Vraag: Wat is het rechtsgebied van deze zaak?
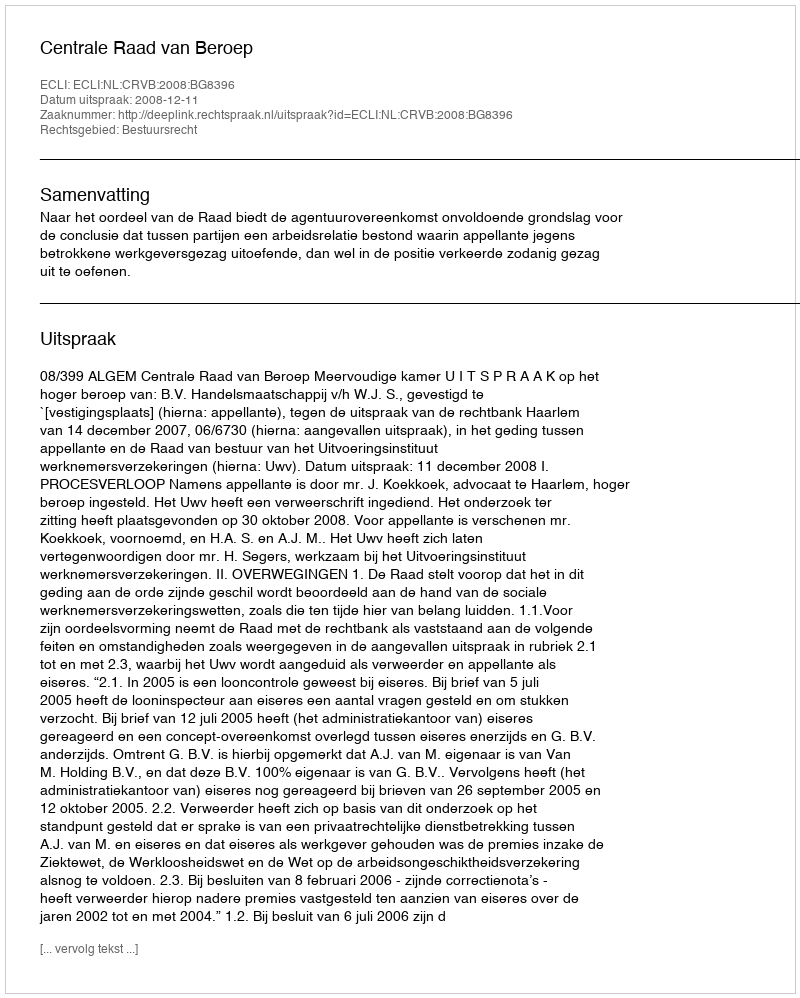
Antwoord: Bestuursrecht